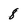
Character: 8